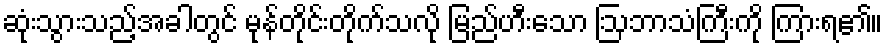
ဆုံးသွားသည့်အခါတွင် မုန်တိုင်းတိုက်သလို မြည်ဟီးသော ဩဘာသံကြီးကို ကြားရ၏။